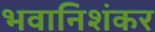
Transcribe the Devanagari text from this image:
भवानिशंकर